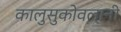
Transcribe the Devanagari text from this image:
कालुसुकोवलानी